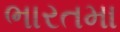
ભારતમા